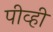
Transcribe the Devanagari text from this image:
पीव्ही